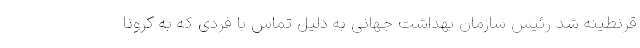
قرنطینه شد رئیس سازمان بهداشت جهانی به دلیل تماس با فردی که به کرونا